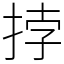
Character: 挬